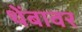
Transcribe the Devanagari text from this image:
थेंबावर